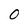
Character: 0